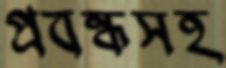
প্রবন্ধসহ